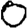
Digit: 0